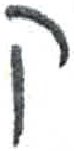
אות: פ